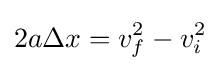
2a\Delta x=v_{f}^{2}-v_{i}^{2}